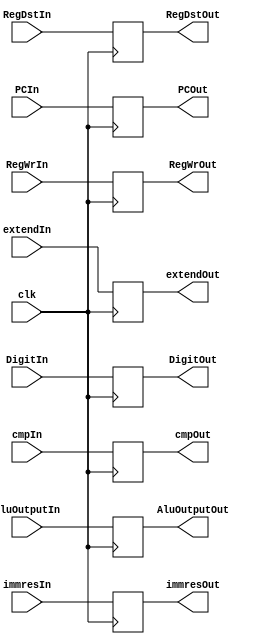
module WBreg(
        input clk,            //
        input [1:0] RegDstIn, //Rd
        input  RegWrIn,       //Rd
        input [1:0] DigitIn,  //
        input  immresIn,      //rdimm
        input [1:0] cmpIn,
        input [31:0] AluOutputIn,
        input [31:0] PCIn,
        input [31:0] extendIn,

        output reg[1:0] RegDstOut, //Rd
        output reg RegWrOut,       //Rd
        output reg[1:0] DigitOut,  //
        output reg immresOut,      //rdimm
        output reg [1:0] cmpOut,
        output reg [31:0] AluOutputOut,
        output reg [31:0] PCOut,
        output reg [31:0] extendOut
    );

    always @(negedge clk) begin
        RegDstOut <= RegDstIn;
        RegWrOut <= RegWrIn;
        DigitOut <= DigitIn;
        immresOut <= immresIn;
        cmpOut <= cmpIn;
        AluOutputOut <= AluOutputIn;
        PCOut <= PCIn;
        extendOut <= extendIn;
    end
endmodule